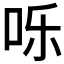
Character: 𪠸